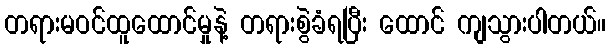
တရားမဝင်ထူထောင်မှုနဲ့ တရားစွဲခံရပြီး ထောင် ကျသွားပါတယ်။